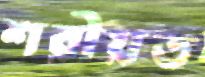
শরীয়ত